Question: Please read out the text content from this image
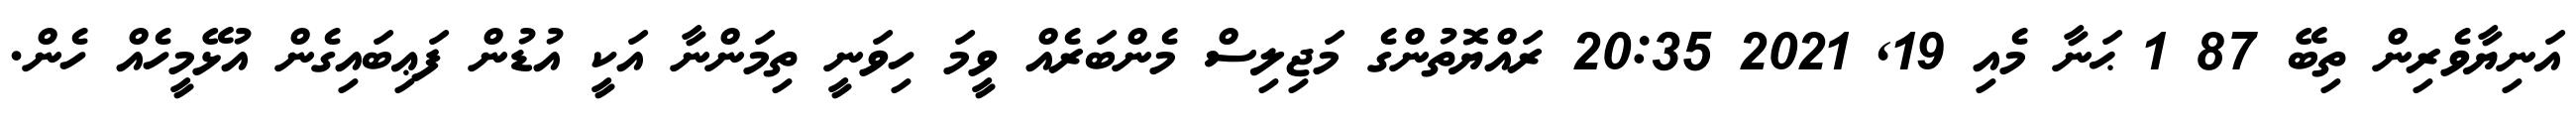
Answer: އަނިޔާވެރިން ތިބޭ 87 1 ޙަނާ މެއި 19, 2021 20:35 ރައްޔޮތުންގެ މަޖިލިސް މެންބަރެއް ވީމަ ހިވަނީ ތިމަންނާ އަކީ އުޑުން ފަޢިބައިގެން އުޅޭމީހެއް ހެން.